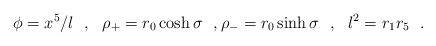
LaTeX: \begin{align*}\phi=x^5/l~~,~~\rho_+=r_0\cosh\sigma~~,\rho_-=r_0\sinh\sigma~~,~~l^2=r_1 r_5~~.\end{align*}